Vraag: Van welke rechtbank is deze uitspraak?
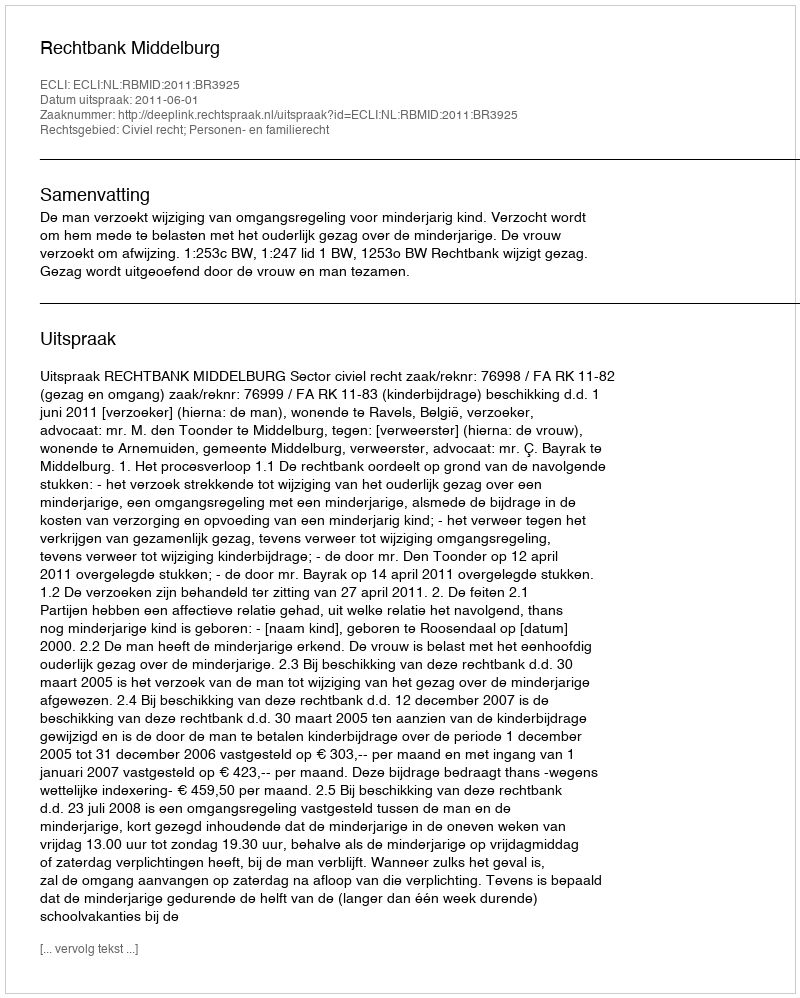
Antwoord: Rechtbank Middelburg